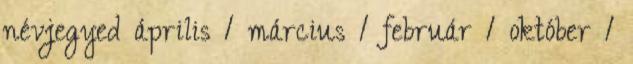
névjegyed április 1 március 1 február 1 október 1